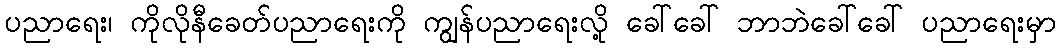
ပညာရေး၊ ကိုလိုနီခေတ်ပညာရေးကို ကျွန်ပညာရေးလို့ ခေါ်ခေါ် ဘာဘဲခေါ်ခေါ် ပညာရေးမှာ